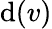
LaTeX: \mathrm{d}(v)